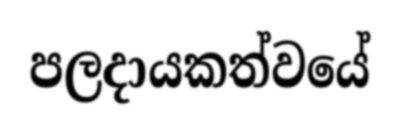
පලදායකත්වයේ